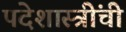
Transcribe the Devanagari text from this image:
पदेशास्त्रींची